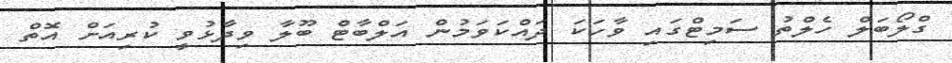
ގްލޯބަލް ހެލްތު ސަމިޓްގައި ވާހަކަ ދައްކަވަމުން އަލްބާޓް ބޫލާ ވިދާޅުވީ ކުރިއަށް އޮތް